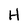
Character: H